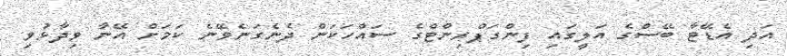
އަދި އެޑޭޓާ ބޭސްގެ އަލީގައި ފިންގަޕްރިންޓްގެ ސައްހަކަން ދެނެގަނެވޭނެ ކަމަށް އޭނާ ވިދާޅުވި